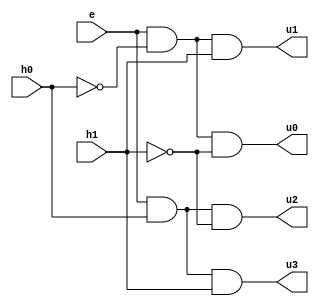
module decoder (
    e,h0,h1,u0,u1,u2,u3
);
    input e,h0,h1;
    output u0,u1,u2,u3;

    assign u0=e&~h0&~h1;
    assign u1=e&~h0&h1;
    assign u2=e&h0&~h1;
    assign u3=e&h0&h1;

endmodule